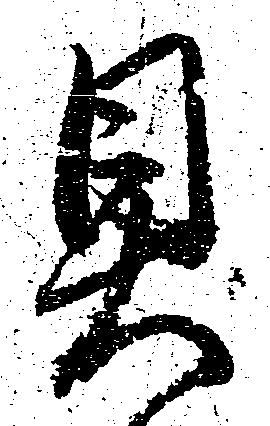
具